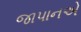
જાપાનએ